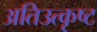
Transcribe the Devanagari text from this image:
अतिउत्कृष्ट